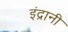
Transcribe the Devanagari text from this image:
इंद्रानी